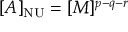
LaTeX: [ A ] _ { \mathrm { N U } } = [ M ] ^ { p - q - r }